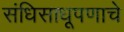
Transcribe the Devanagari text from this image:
संधिसाधूपणाचे